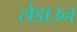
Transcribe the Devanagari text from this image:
लेडाउन